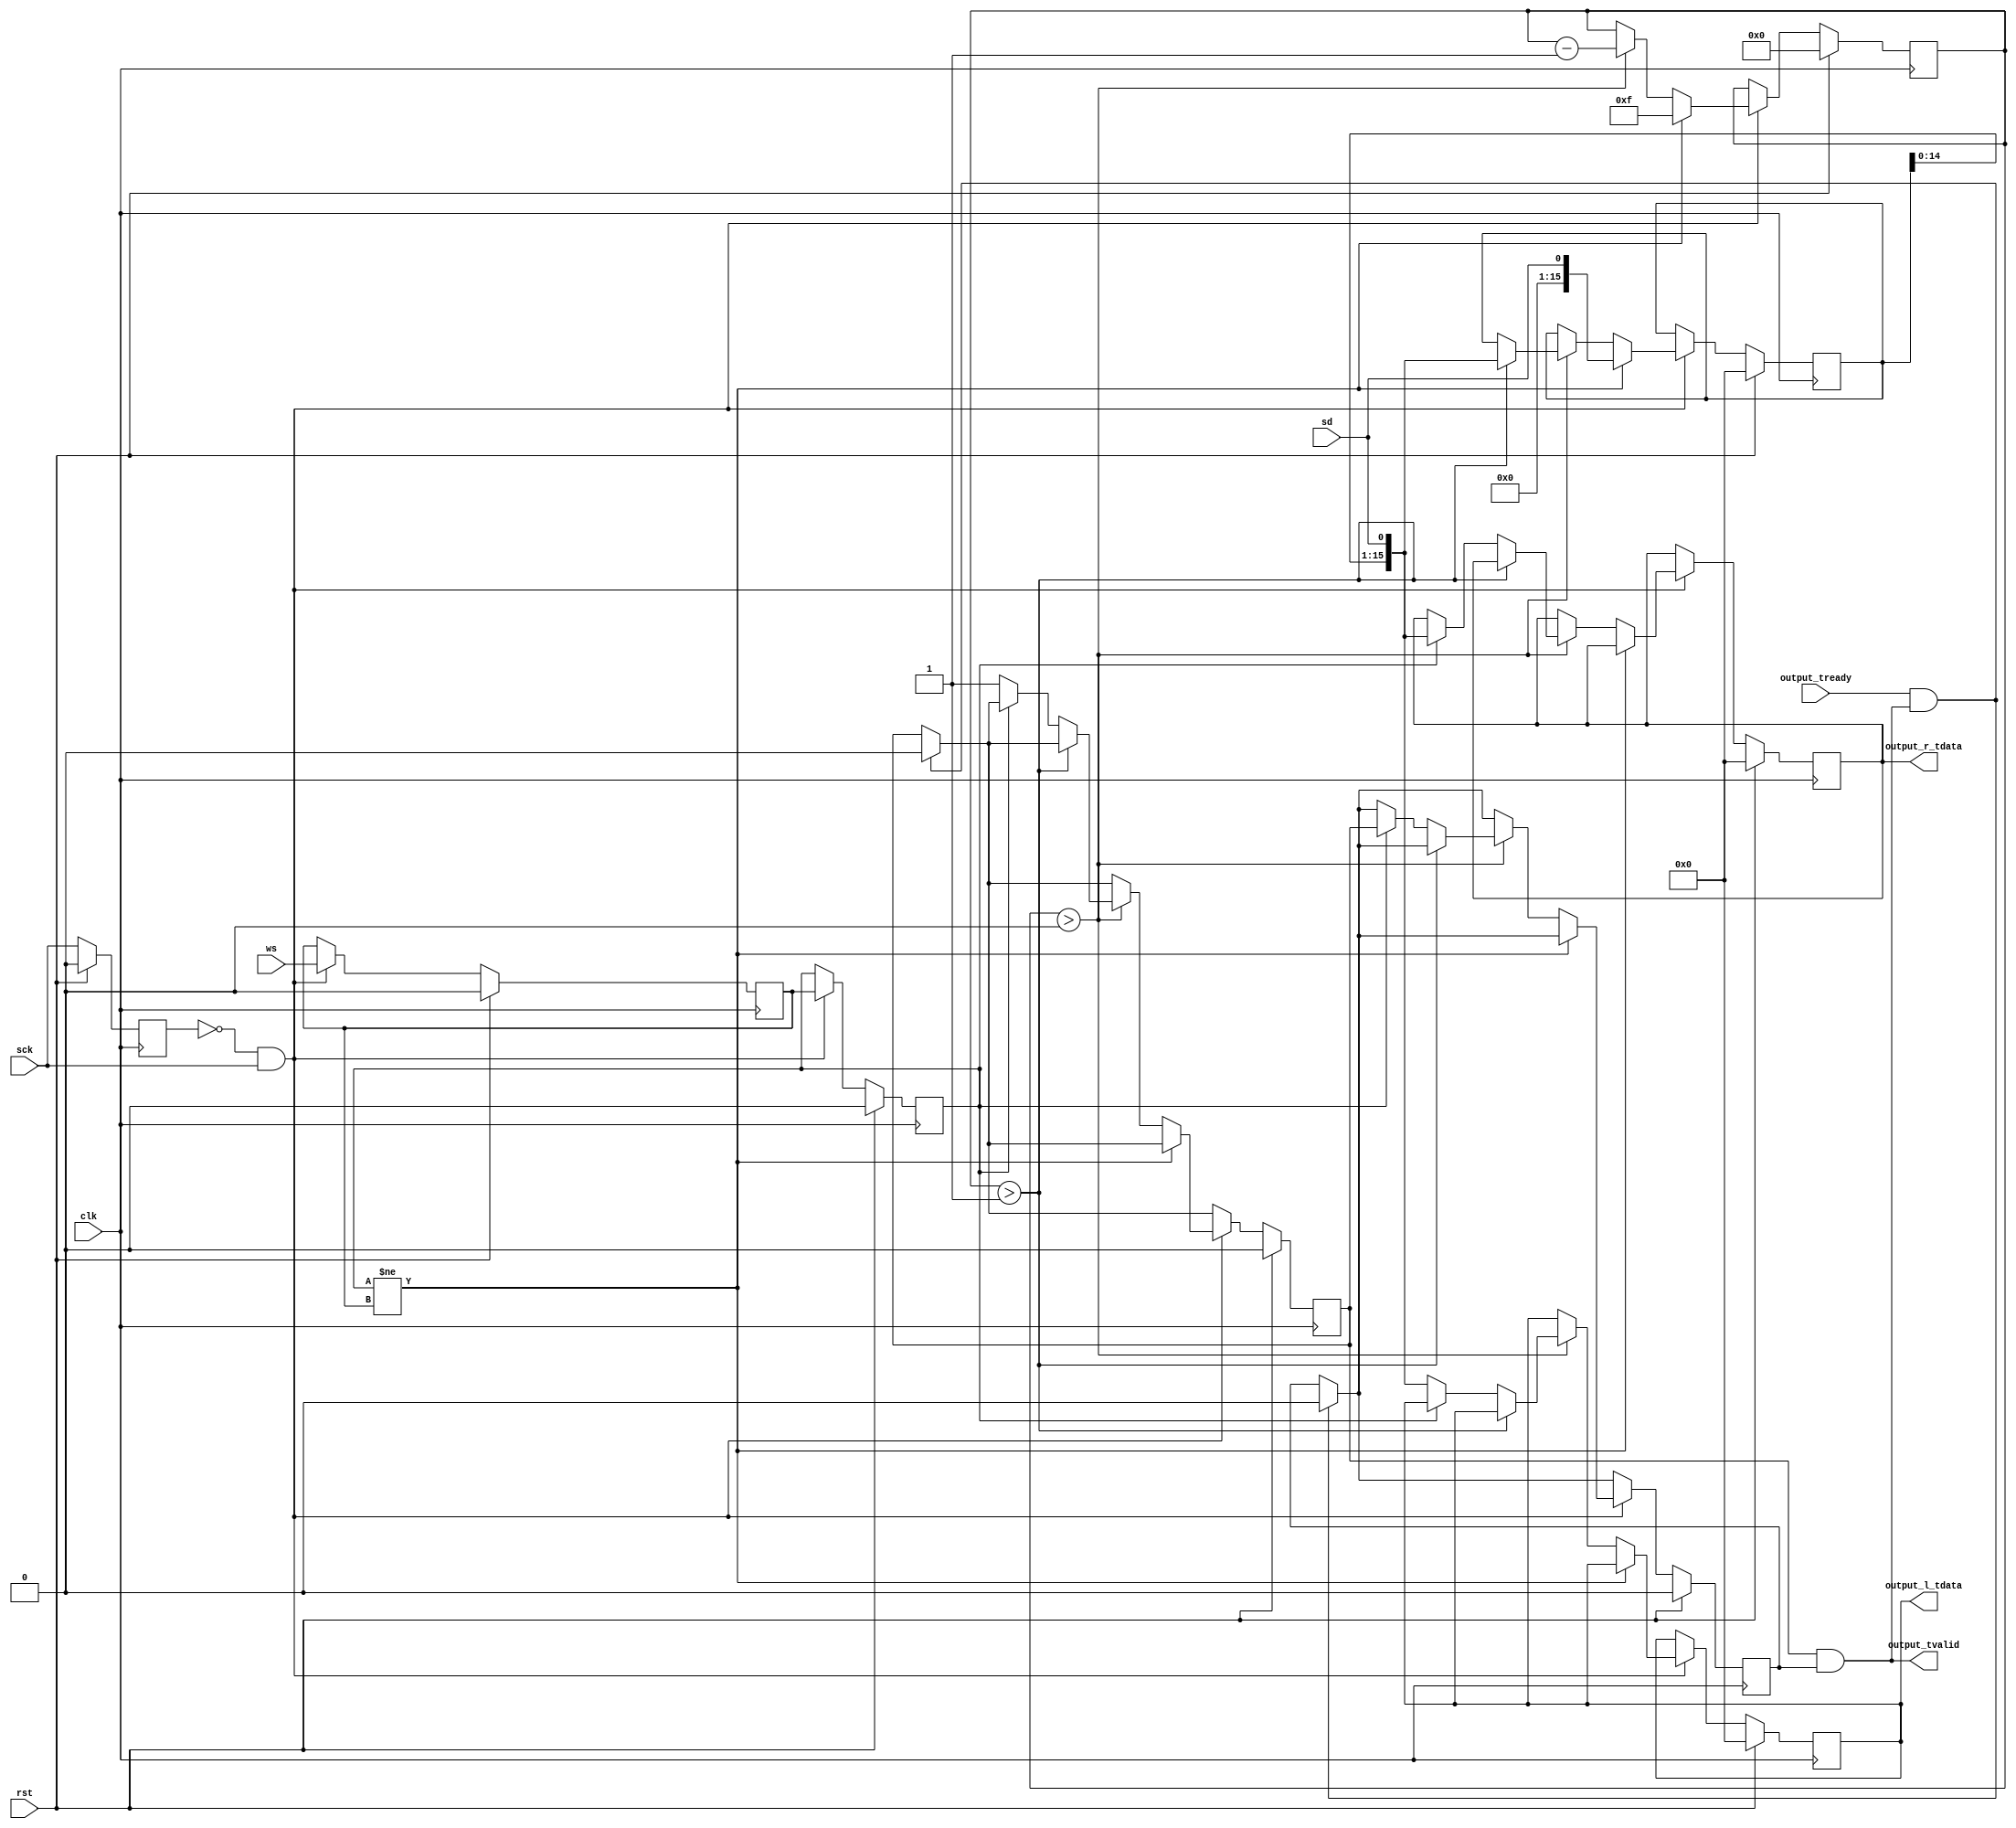
module i2s_rx #
(
    parameter WIDTH = 16
)
(
    input  wire              clk,
    input  wire              rst,

    /*
     * I2S interface
     */
    input  wire              sck,
    input  wire              ws,
    input  wire              sd,

    /*
     * AXI stream output
     */
    output wire [WIDTH-1:0]  output_l_tdata,
    output wire [WIDTH-1:0]  output_r_tdata,
    output wire              output_tvalid,
    input  wire              output_tready
);

reg [WIDTH-1:0] l_data_reg = 0;
reg [WIDTH-1:0] r_data_reg = 0;

reg l_data_valid_reg = 0;
reg r_data_valid_reg = 0;

reg [WIDTH-1:0] sreg = 0;

reg [$clog2(WIDTH)-1:0] bit_cnt = 0;

reg last_sck = 0;
reg last_ws = 0;
reg last_ws2 = 0;

assign output_l_tdata = l_data_reg;
assign output_r_tdata = r_data_reg;
assign output_tvalid = l_data_valid_reg & r_data_valid_reg;

always @(posedge clk) begin
    if (rst) begin
        l_data_reg <= 0;
        r_data_reg <= 0;
        l_data_valid_reg <= 0;
        r_data_valid_reg <= 0;
        sreg <= 0;
        bit_cnt <= 0;
        last_sck <= 0;
        last_ws <= 0;
        last_ws2 <= 0;
    end else begin
        if (output_tready & output_tvalid) begin
            l_data_valid_reg <= 0;
            r_data_valid_reg <= 0;
        end

        last_sck <= sck;

        if (~last_sck & sck) begin
            // rising edge sck
            last_ws <= ws;
            last_ws2 <= last_ws;

            if (last_ws2 != last_ws) begin
                bit_cnt <= WIDTH-1;
                sreg <= {{WIDTH-1{1'b0}}, sd};
            end else begin
                if (bit_cnt > 0) begin
                    bit_cnt <= bit_cnt - 1;
                    if (bit_cnt > 1) begin
                        sreg <= {sreg[WIDTH-2:0], sd};
                    end else if (last_ws2) begin
                        r_data_reg <= {sreg[WIDTH-2:0], sd};
                        r_data_valid_reg <= l_data_valid_reg;
                    end else begin
                        l_data_reg <= {sreg[WIDTH-2:0], sd};
                        l_data_valid_reg <= 1;
                    end
                end
            end
        end
    end
end

endmodule